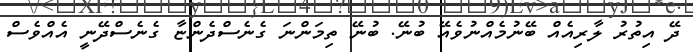
ދޭ އިތުރު ލާރިއެއް ބޭނުމެއްނުވެއޭ ބުނޭ. ބުނޭ ތިމަންނަ ގެނެސްދެންޏާ ގެނެސްދޭނީ އެއްވެސް